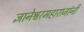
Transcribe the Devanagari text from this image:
ज्ञानेश्वरमहाराजांनी